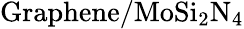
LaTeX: \mathrm{Graphene/MoSi_{2}N_{4}}